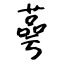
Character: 蕚